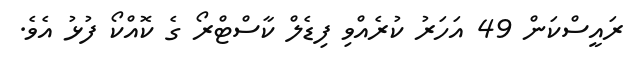
ރައީސްކަން 49 އަހަރު ކުރެއްވި ފިޑެލް ކާސްޓްރޯ ގެ ކޮއްކޯ ފުޅު އެވެ.